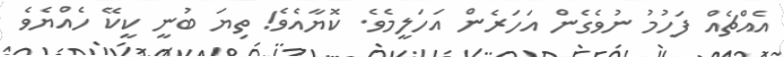
އެއްޗެއް ފަހުމު ނުވެގެން އަހަރެން އަހަލީމެވެ. ކޮޔާއެވެ! ތިޔަ ބުނީ ކީކޭ ހެއްޔެވެ